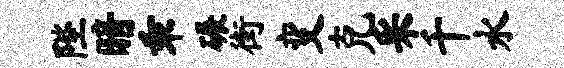
陛暗乖碾街变克采千水